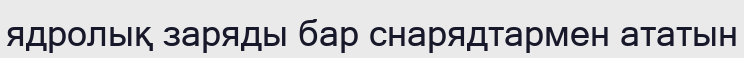
ядролық заряды бар снарядтармен ататын